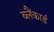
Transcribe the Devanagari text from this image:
ब्लैंकार्ड